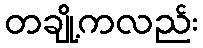
တချို့ကလည်း